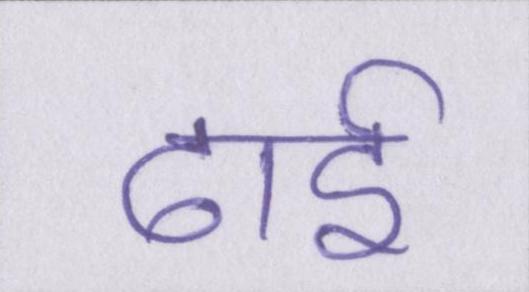
ढाई